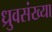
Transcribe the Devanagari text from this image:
ध्रुवसंख्या